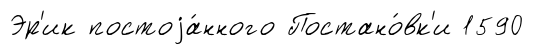
Эр'ик постоjа́нного Постано́вк'и 1590